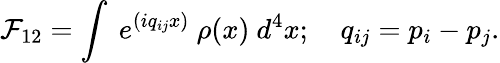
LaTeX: {\cal F}_{12}=\int\ e^{(iq_{ij}x)}\ \rho(x)\ d^{4}x;\ \ \ \ q_{ij}=p_{i}-p_{j}.